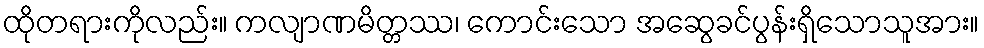
ထိုတရားကိုလည်း။ ကလျာဏမိတ္တဿ၊ ကောင်းသော အဆွေခင်ပွန်းရှိသောသူအား။